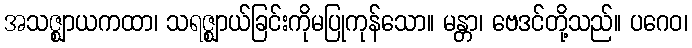
အသဇ္ဈာယကထာ၊ သရဇ္ဈာယ်ခြင်းကိုမပြုကုန်သော။ မန္တာ၊ ဗေဒင်တို့သည်။ ပဂေဝ၊